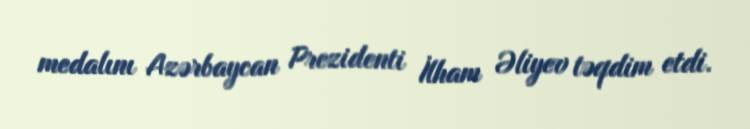
medalını Azərbaycan Prezidenti İlham Əliyev təqdim etdi.